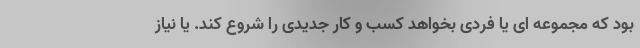
بود که مجموعه ای یا فردی بخواهد کسب و کار جدیدی را شروع کند. یا نیاز